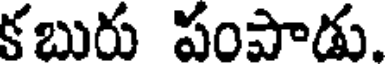
కబురు పంపాడు.